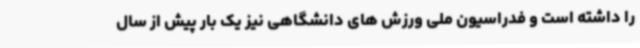
را داشته است و فدراسیون ملی ورزش های دانشگاهی نیز یک بار پیش از سال